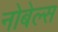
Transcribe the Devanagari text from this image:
नोबेल्स